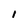
Character: l